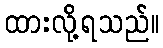
ထားလို့ရသည်။